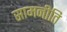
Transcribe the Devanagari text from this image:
सामनीति